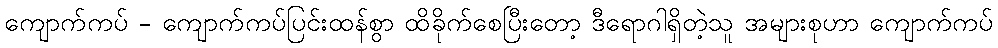
ကျောက်ကပ် - ကျောက်ကပ်ပြင်းထန်စွာ ထိခိုက်စေပြီးတော့ ဒီရောဂါရှိတဲ့သူ အများစုဟာ ကျောက်ကပ်